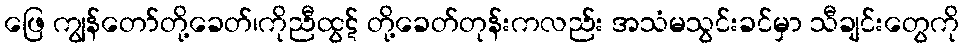
ဖြေ ကျွန်တော်တို့ခေတ်၊ကိုညီထွဋ် တို့ခေတ်တုန်းကလည်း အသံမသွင်းခင်မှာ သီချင်းတွေကို